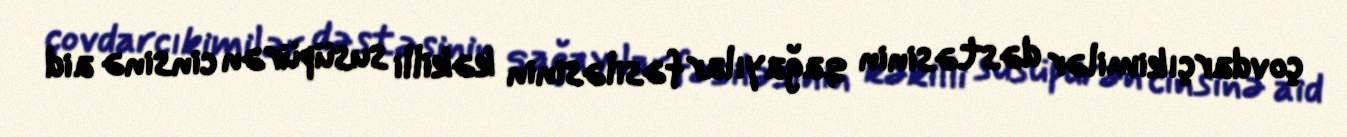
çovdarçıkimilər dəstəsinin qağayılar fəsiləsinin kəkilli susüpürən cinsinə aid